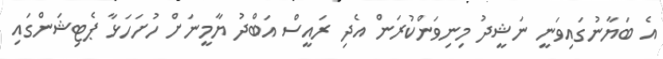
އެ ބަޔާނުގައިވަނީ ނަޝީދު މިނިވަންކުރަން އެދި ރައީސް އަބްދު ޔާމީނަށް ހުށަހަޅާ ޕެޓިޝަންގައި